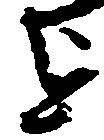
を